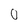
Character: 0